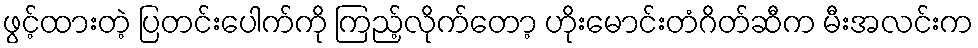
ဖွင့်ထားတဲ့ ပြတင်းပေါက်ကို ကြည့်လိုက်တော့ ဟိုးမောင်းတံဂိတ်ဆီက မီးအလင်းက